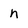
Character: n